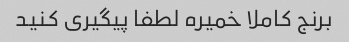
برنج کاملا خمیره لطفا پیگیری کنید